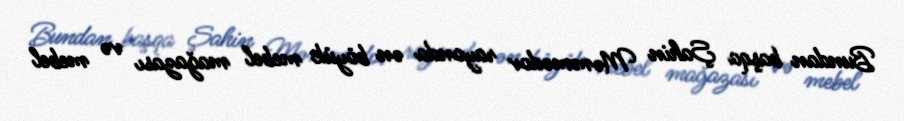
Bundan başqa Şahin Məmmədov rayonda ən böyük mebel mağazası və mebel